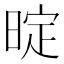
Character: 𭦤